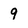
Character: 9